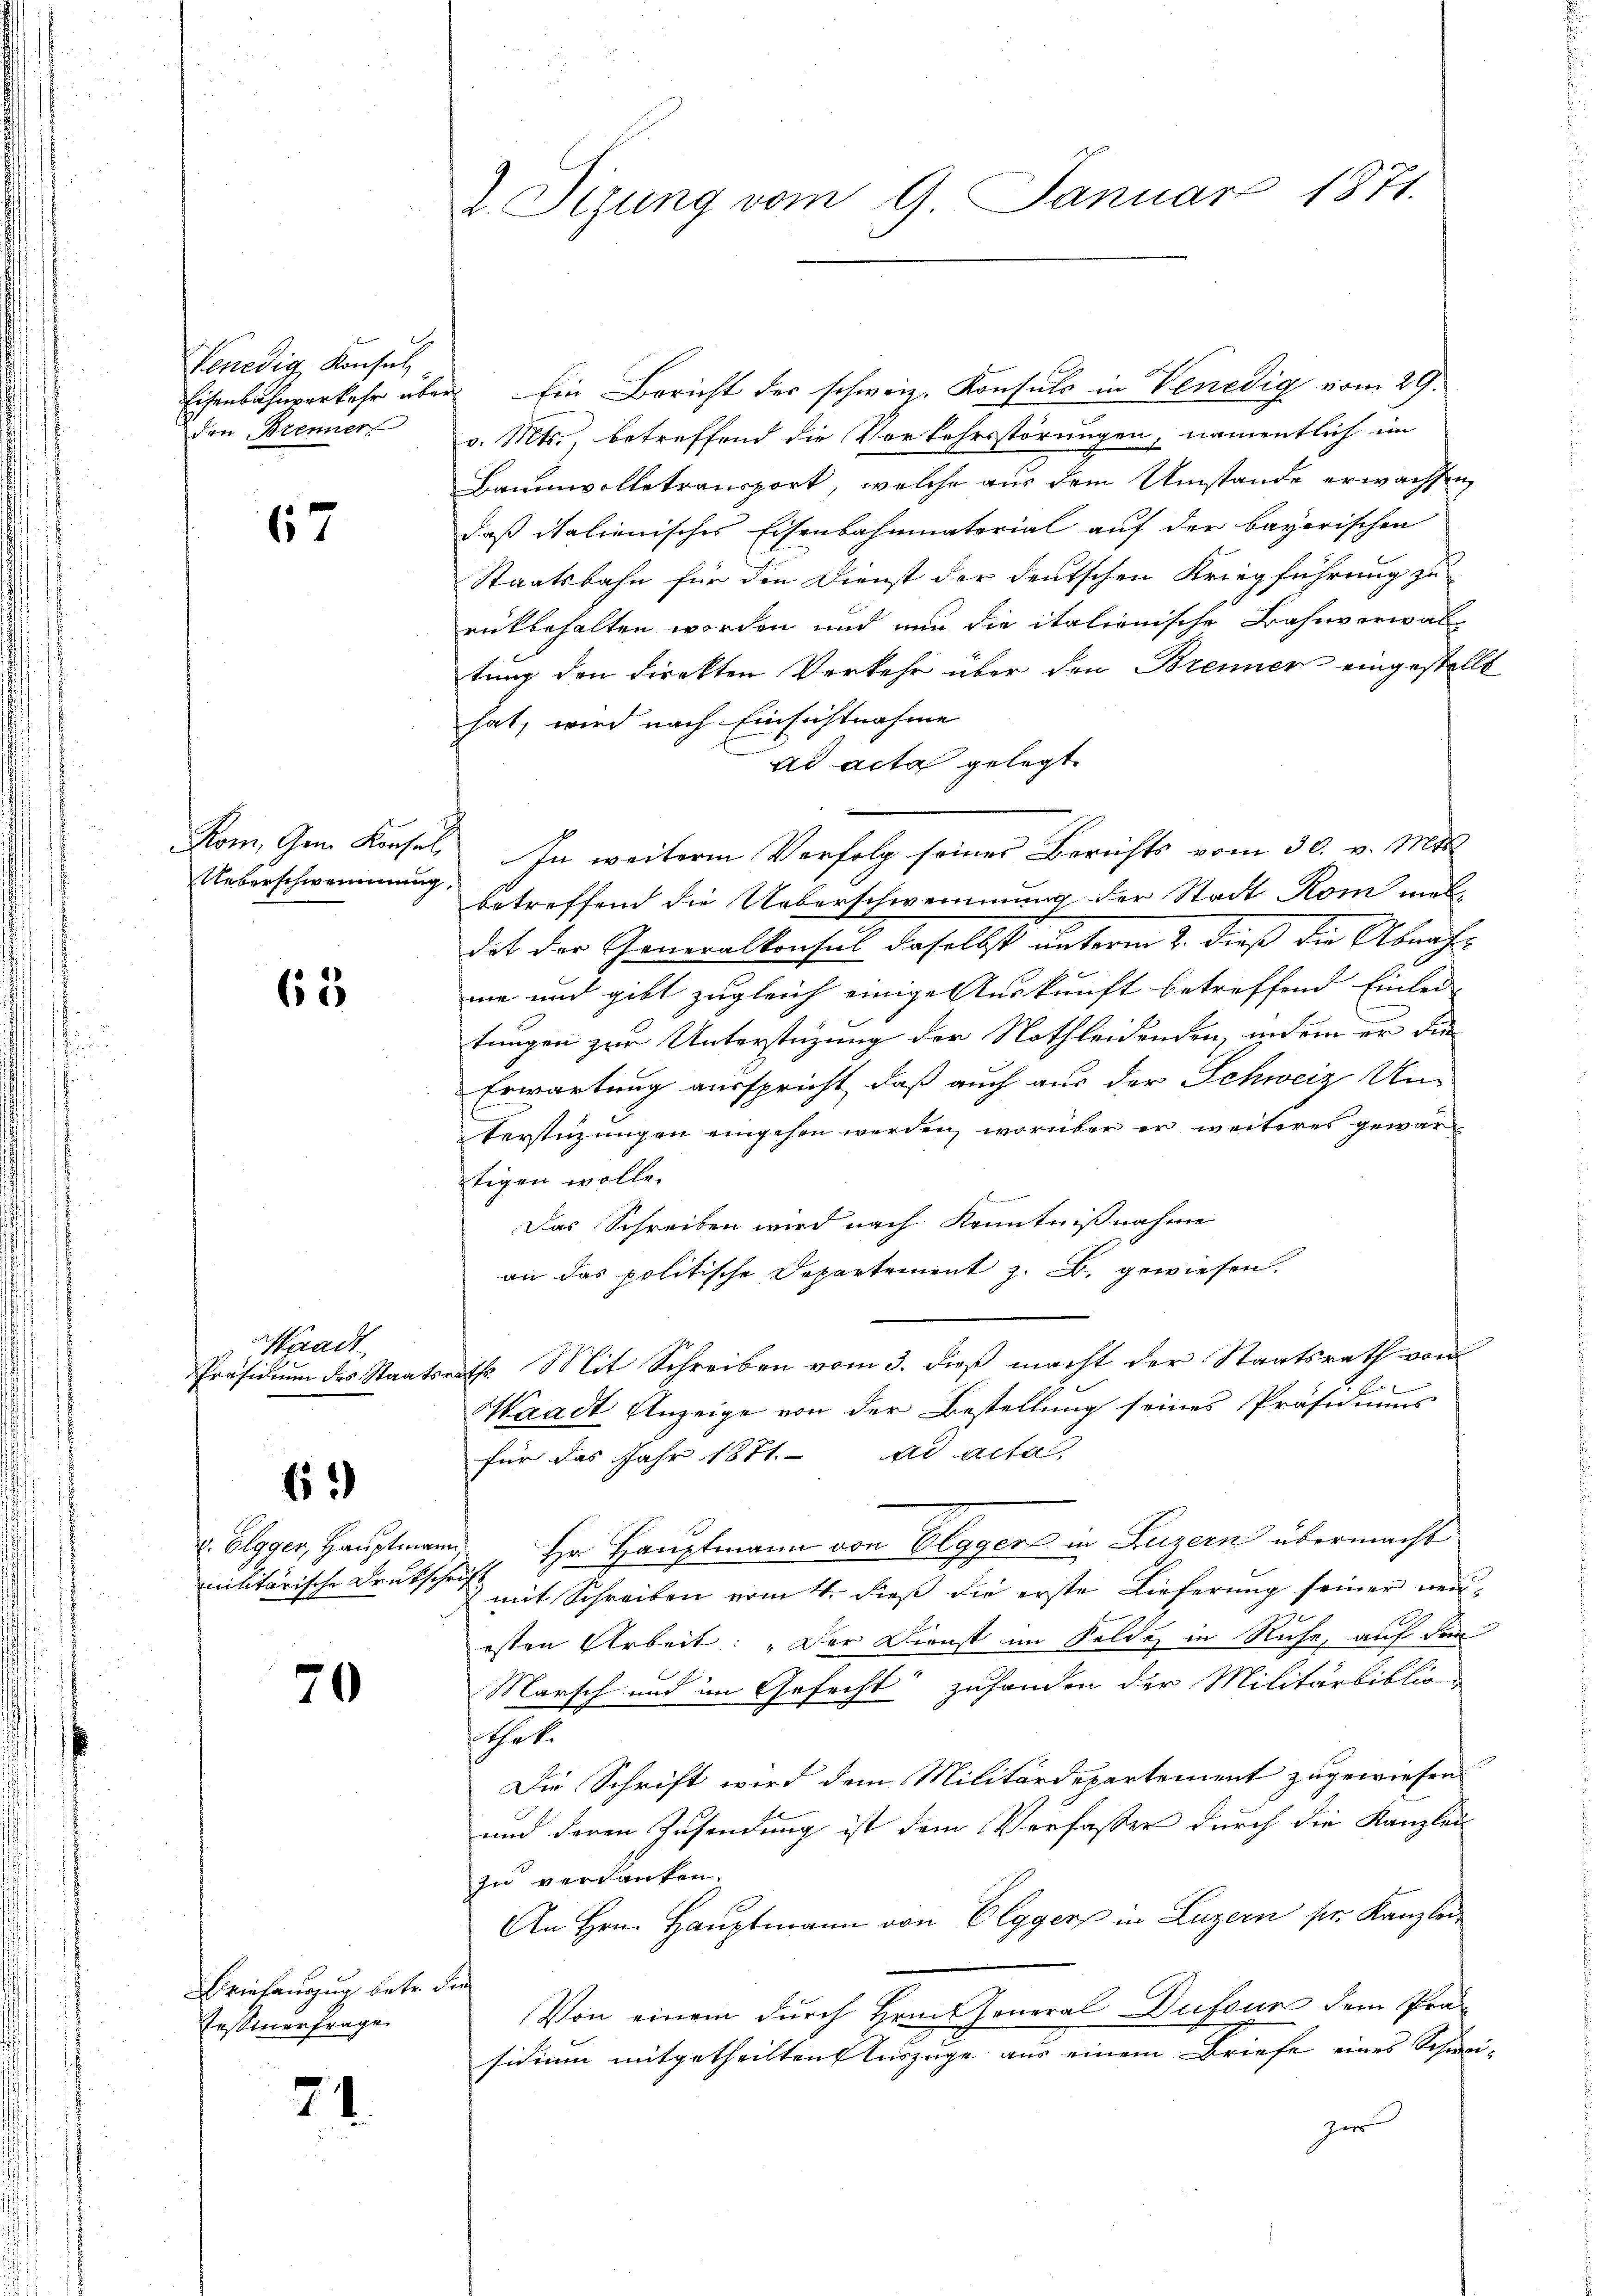
Venedig Konsul
Eisenbahnverkehr über
den Brenner

67

Rom, Gem. Konsel
Ueberschwemmung

63

Waadt
Präsidium des Staats¬

6

x. Elgger, Hauptmann
militärische Druksche

70

Briehauszug betr. d.
Tessinerfrage

21.

v. Tizung vom 9. Januar 1871.

f

Ein Bericht des schweiz. Konsuls in Venedig vom 29.
v. Mts. betreffend die Vorkehrsstörungen, namentlich im
Baumwolletransport, welche aus dem Umstände erwachsen,
daß italienisches Eisenbahnmaterial auf der bayerischen
Staatsbahn für den Dienst der deutschen Kriegführung zu
rückbehalten worden und nun die italienische Bahnverwaltung den direkten Verkehr über den Brenner eingestellt
hat, wird nach Einsichtnahme
ad acta gelegt
In weitere Verfolg seines Berichts vom 30. v. Mts.
betreffend die Ueberschweinung der Stadt Rom men-
dit der Generalkonsul daselbst unterm 2. dieß die Abnahme und gibt zugleich einige Auskunft betreffend Einlei
tungen zur Unterstüzung der Nothleidenden, indem er die
Erwartung ausspricht, daß auch aus der Schweiz Un-
terstüzungen eingehen werden, worüber er weiteres gewärtigen wolle.
Das Schreiben wird nach Kenntnißnahme
an das politische Departement z. B. gewiesen.
16. Mit Schreiben vom 3. dieß macht der Staatsrath von
2
Waadt Anzeige von der Bestellung seines Präsidiums
für das Jahr 1871. ad acta,
 Hr. Hauptmann von Elggers in Luzern übermacht
mit Schreiben ermitt. dieß die erste Lieferung seiner neuesten Arbeit: „Der Dienst im Felde in Rufe, auf den
Marsch und im Gefecht zufanden der Militärbiblioen
Die Schrift wird dem Militärdepartement zugewiesen
und deren Zusendung ist dem Verfasser durch die Kanzlei
zu verdanken.
An Hrn. Hauptmann von Elggers in Luzern pr. Kanzlei
Von einem durch Hrn. Jeneral Dufour dem Pro-
sidium mitgetheilten Auszüge aus einem Briefe eines Schwei-
zer